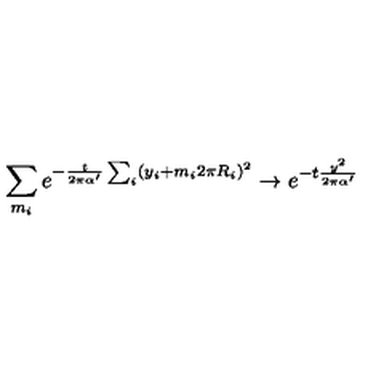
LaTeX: \sum _ { m _ { i } } e ^ { - { \frac { t } { 2 \pi \alpha ^ { \prime } } } \sum _ { i } ( y _ { i } + m _ { i } 2 \pi R _ { i } ) ^ { 2 } } \rightarrow e ^ { - t { \frac { y ^ { 2 } } { 2 \pi \alpha ^ { \prime } } } }